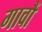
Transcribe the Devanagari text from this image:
गावौं